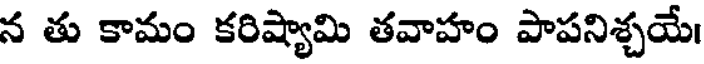
న తు కామం కరిష్యామి తవాహం పాపనిశ్చయే।